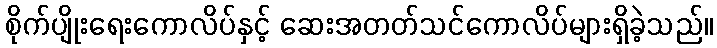
စိုက်ပျိုးရေးကောလိပ်နှင့် ဆေးအတတ်သင်ကောလိပ်များရှိခဲ့သည်။